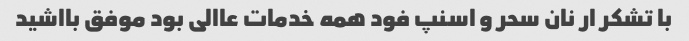
با تشکر ار نان سحر و اسنپ فود همه خدمات عاالی بود موفق بااشید